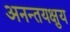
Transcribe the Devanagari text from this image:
अनन्तयक्षुय